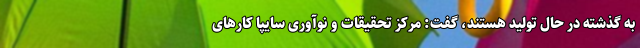
به گذشته در حال تولید هستند، گفت: مرکز تحقیقات و نوآوری سایپا کارهای